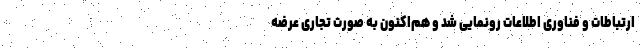
ارتباطات و فناوری اطلاعات رونمایی شد و هم‌اکنون به صورت تجاری عرضه